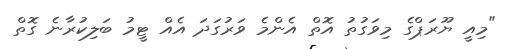
"މިއީ ޔޫރަޕްގެ މިވަގުތު އޮތް އެންމެ ވަރުގަދަ އެއް ޓީމު ބަލިކުރާނެ ގޮތް